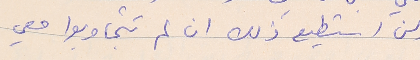
ولن استطيع ذلك ان لم تتجاوبوا معي